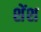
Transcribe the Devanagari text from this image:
शेंश